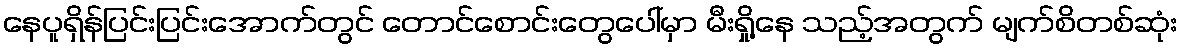
နေပူရှိန်ပြင်းပြင်းအောက်တွင် တောင်စောင်းတွေပေါ်မှာ မီးရှို့နေ သည့်အတွက် မျက်စိတစ်ဆုံး